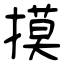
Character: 摸